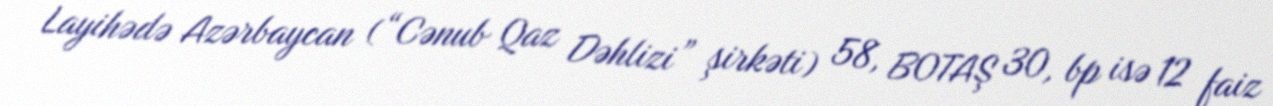
Layihədə Azərbaycan (“Cənub Qaz Dəhlizi” şirkəti) 58, BOTAŞ 30, bp isə 12 faiz